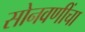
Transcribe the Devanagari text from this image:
सोनवणींचा